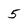
Character: 5